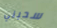
سحبني